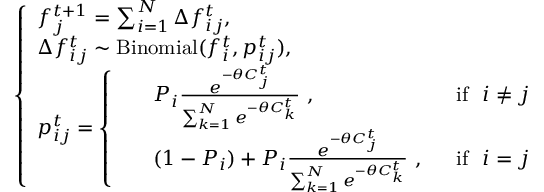
\left\{ \begin{array} { l l } { f _ { j } ^ { t + 1 } = \sum _ { i = 1 } ^ { N } \Delta f _ { i j } ^ { t } , } \\ { \Delta f _ { i j } ^ { t } \sim \mathrm { B i n o m i a l } ( f _ { i } ^ { t } , { p } _ { i j } ^ { t } ) , } \\ { p _ { i j } ^ { t } = \left\{ \begin{array} { l l } { \begin{array} { r l r } & { P _ { i } \frac { e ^ { - \theta C _ { j } ^ { t } } } { \sum _ { k = 1 } ^ { N } e ^ { - \theta C _ { k } ^ { t } } } \ , \ } & { \ \mathrm { i f } \ \ i \neq j } \\ & { ( 1 - P _ { i } ) + P _ { i } \frac { e ^ { - \theta C _ { j } ^ { t } } } { \sum _ { k = 1 } ^ { N } e ^ { - \theta C _ { k } ^ { t } } } \ , \ } & { \ \mathrm { i f } \ \ i = j } \end{array} } \end{array} \right. } \end{array} \right.